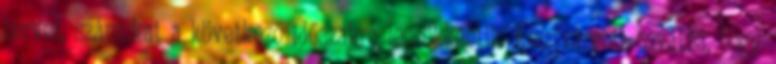
tervet, számukat a következő időszakra lecsökkentik. Kiszivárgott továbbá, hogy